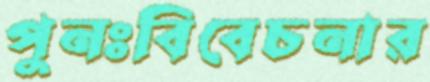
পুনঃবিবেচনার